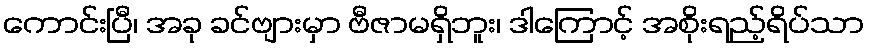
ကောင်းပြီ၊ အခု ခင်ဗျားမှာ ဗီဇာမရှိဘူး၊ ဒါကြောင့် အစိုးရည့်ရိပ်သာ